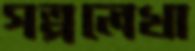
গল্পলেখা